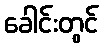
ခေါင်းတွင်